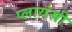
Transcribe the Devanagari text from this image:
प्लायंस्री